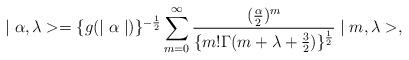
LaTeX: \begin{align*}\mid\alpha, \lambda > = \{ g(\mid\alpha\mid ) \}^{-\frac{1}{2}}\sum^{\infty }_{m=0}\frac{(\frac{\alpha}{2})^{m}}{\{m! \Gamma (m+\lambda+\frac{3}{2})\}^{\frac{1}{2}}} \mid m, \lambda>,\end{align*}